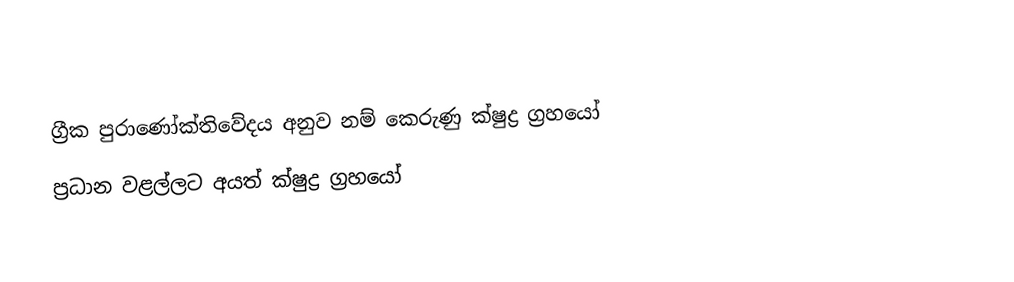
ග්‍රීක පුරාණෝක්තිවේදය අනුව නම් කෙරුණු ක්ෂුද්‍ර ග්‍රහයෝ
ප්‍රධාන වළල්ලට අයත් ක්ෂුද්‍ර ග්‍රහයෝ